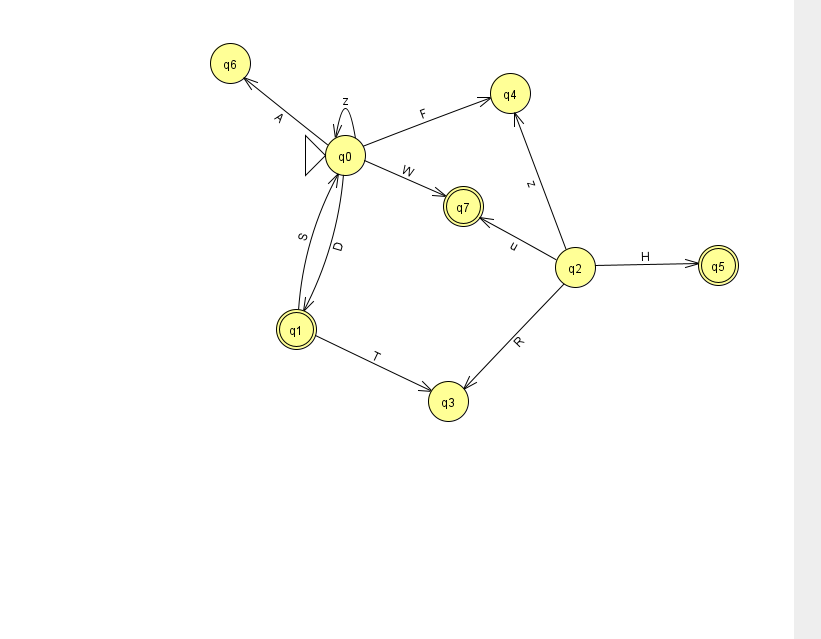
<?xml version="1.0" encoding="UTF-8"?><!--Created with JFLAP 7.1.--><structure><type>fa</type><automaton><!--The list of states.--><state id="0" name="q0"><x>345.0</x><y>142.0</y><initial/></state><state id="1" name="q1"><x>296.0</x><y>316.0</y><final/></state><state id="2" name="q2"><x>575.0</x><y>254.0</y></state><state id="3" name="q3"><x>448.0</x><y>388.0</y></state><state id="4" name="q4"><x>510.0</x><y>80.0</y></state><state id="5" name="q5"><x>718.0</x><y>252.0</y><final/></state><state id="6" name="q6"><x>230.0</x><y>50.0</y></state><state id="7" name="q7"><x>463.0</x><y>193.0</y><final/></state><!--The list of transitions.--><transition><from>0</from><to>6</to><read>A</read></transition><transition><from>2</from><to>5</to><read>H</read></transition><transition><from>0</from><to>1</to><read>D</read></transition><transition><from>1</from><to>3</to><read>T</read></transition><transition><from>2</from><to>7</to><read>u</read></transition><transition><from>1</from><to>0</to><read>S</read></transition><transition><from>0</from><to>7</to><read>W</read></transition><transition><from>0</from><to>0</to><read>z</read></transition><transition><from>0</from><to>4</to><read>F</read></transition><transition><from>2</from><to>3</to><read>R</read></transition><transition><from>2</from><to>4</to><read>z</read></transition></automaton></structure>